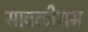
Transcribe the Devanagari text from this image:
सावळीराम